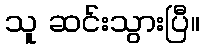
သူ ဆင်းသွားပြီ။